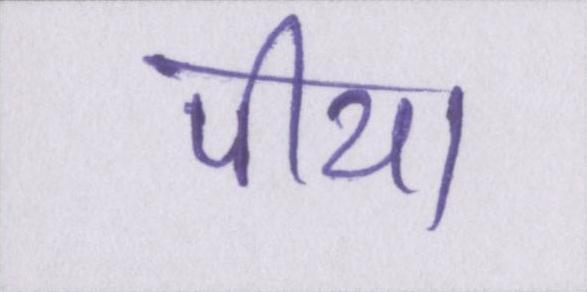
पीया